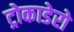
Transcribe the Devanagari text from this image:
ट्रोकाडेरो